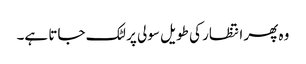
وہ پھر انتظار کی طویل سولی پر لٹک جاتا ہے۔